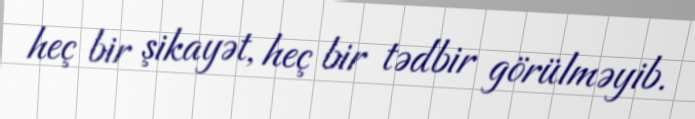
heç bir şikayət, heç bir tədbir görülməyib.